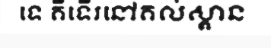
ទេ គឺទើរនៅគល់ស្ពាន